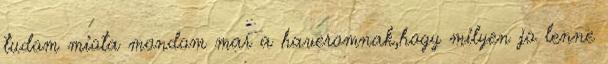
tudom miota mondom mar a haveromnak,hogy milyen jo lenne